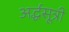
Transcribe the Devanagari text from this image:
अर्द्धसूत्री